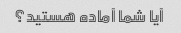
آیا شما آماده هستید؟